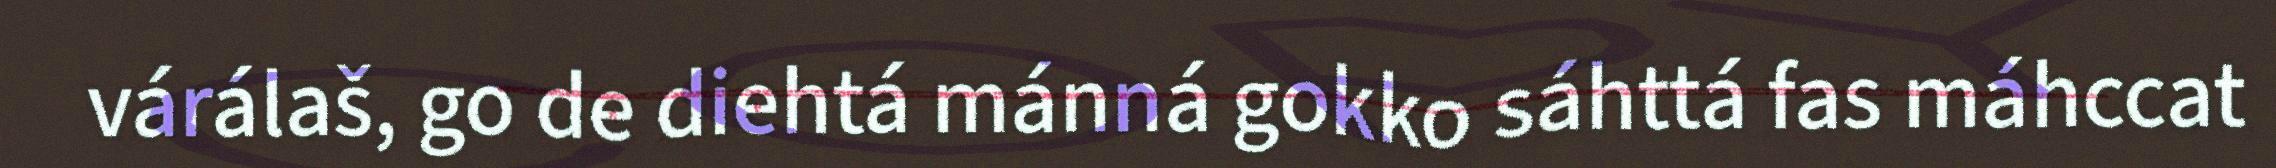
várálaš, go de diehtá mánná gokko sáhttá fas máhccat